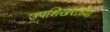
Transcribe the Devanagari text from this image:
उपशिखरांच्या